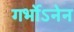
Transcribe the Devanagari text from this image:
गर्भोऽनेन